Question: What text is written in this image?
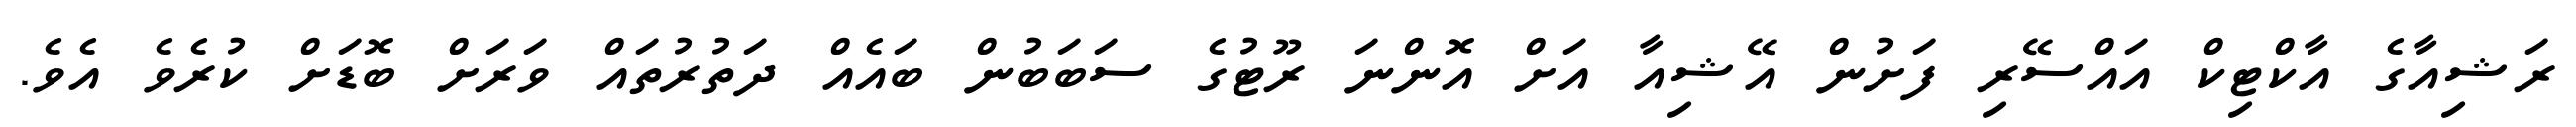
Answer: ރަޝިއާގެ އާކްޓިކް އައްސޭރި ފަށުން އޭޝިއާ އަށް އޮންނަ ރޫޓުގެ ސަބަބުން ބައެއް ދަތުރުތައް ވަރަށް ބޮޑަށް ކުރެވެ އެވެ.